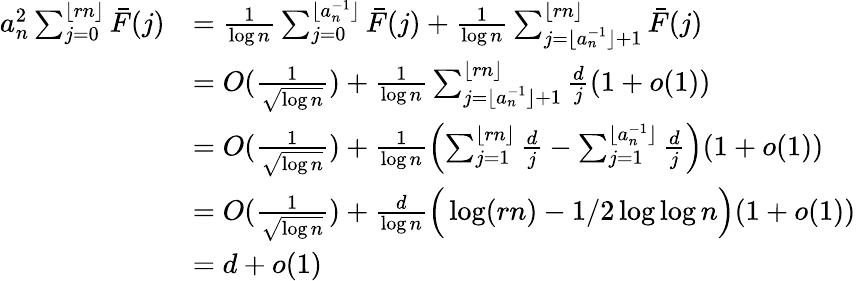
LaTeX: \begin{array}{rl}{a_{n}^{2}\sum_{j=0}^{\lfloor rn\rfloor}\bar{F}(j)}&{=\frac{1}{\log n}\sum_{j=0}^{\lfloor a_{n}^{-1}\rfloor}\bar{F}(j)+\frac{1}{\log n}\sum_{j=\lfloor a_{n}^{-1}\rfloor+1}^{\lfloor rn\rfloor}\bar{F}(j)}\\ &{=O(\frac{1}{\sqrt{\log n}})+\frac{1}{\log n}\sum_{j=\lfloor a_{n}^{-1}\rfloor+1}^{\lfloor rn\rfloor}\frac{d}{j}(1+o(1))}\\ &{=O(\frac{1}{\sqrt{\log n}})+\frac{1}{\log n}\left(\sum_{j=1}^{\lfloor rn\rfloor}\frac{d}{j}-\sum_{j=1}^{\lfloor a_{n}^{-1}\rfloor}\frac{d}{j}\right)(1+o(1))}\\ &{=O(\frac{1}{\sqrt{\log n}})+\frac{d}{\log n}\Big(\log(rn)-1/2\log\log n\Big)(1+o(1))}\\ &{=d+o(1)}\end{array}